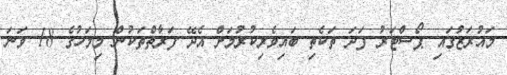
މައުރަޒުގައި ޕޯސްޓަރު ފަދަ ތަކެތި ބައިވެރިކުރުމަށް އެދޭ ފަރާތްތަކުން މިމަހުގެ 18 ވަނަ